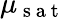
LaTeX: \mu_{\mathrm{~s~a~t~}}